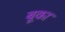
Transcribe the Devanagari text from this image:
बूका